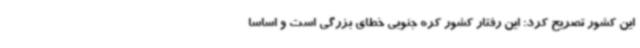
این کشور تصریح کرد: این رفتار کشور کره جنوبی خطای بزرگی است و اساساً